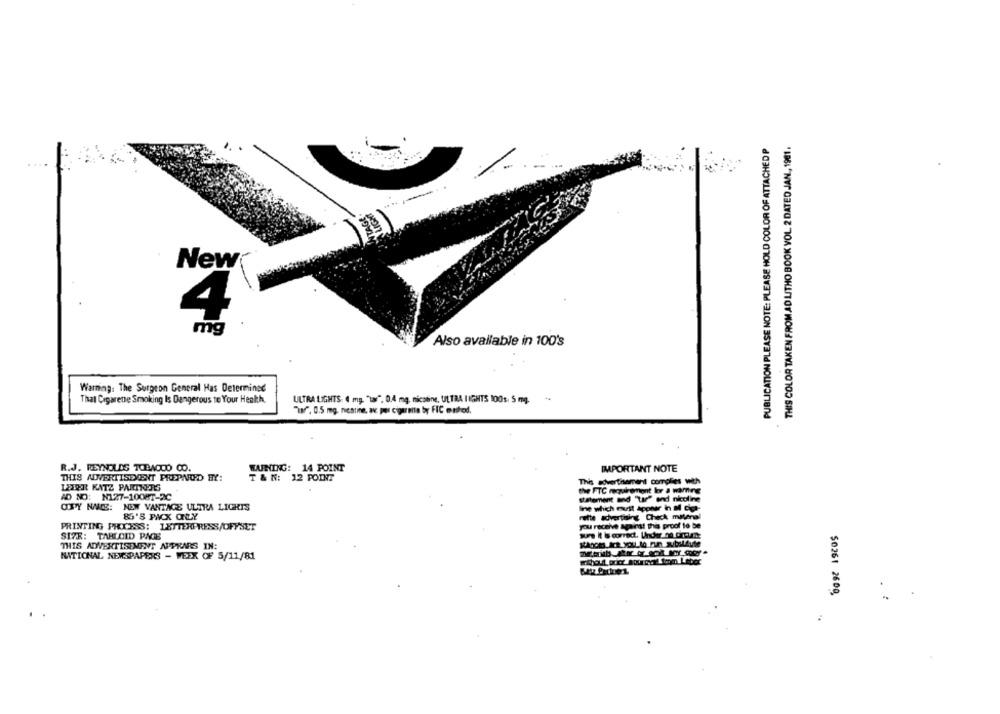
PUBLICATION PLEASE NOTE: PLEASE HOLD COLOR OF ATTACHED P
THIS COLOR TAKEN FROM AD LITHO BOOK VOL. 2 DATED JAN ., 1981 .
New
4
mg
Also available in 100's
Warning: The Surgeon General Has Determined
That Cigarette Smoking Is Dangerous to Your Health.
ULTRA LIGHTS: ( mg. "lar", 0,4 mg. nicotine, ULTRA LIGHTS 100s. 5 mg.
"w", 0.5 mg. nicotine, av. poi cigarette by FIC onthod,
R.J. REYNOLDS TOBACCO CO.
WARNING: 14 POINT
IMPORTANT NOTE
THIS ADVERTISECENT PREPNUD BY:
T & N: 12 FODT
LETER KATZ PARTNERS
This advertisement complies with
the FTC requirement ler a waming
AD NO: N127-10087-2C
statement and "r" and nicoline
OPY NAME: NEW VANTAGE ULTRA LIGHTS
Ine which must Apolur in M og-
8'8 PIX aŁY
mette advertising Check millenal
PRINTING PRIESS: LETTERPRESS/OFFSET
you receive against this proof to be
SIZE: TARLOID PAGE
THIS ADVERTISEMENT APPEARS IN:
NATIONAL NEWSPAPERS - WEEK OF 5/11/81
$0261 2600,